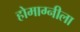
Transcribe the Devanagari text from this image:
होमाग्नीला